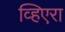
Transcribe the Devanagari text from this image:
व्हिएरा